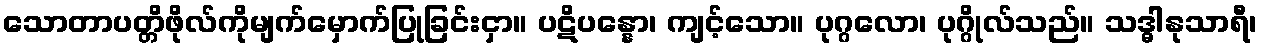
သောတာပတ္တိဖိုလ်ကိုမျက်မှောက်ပြုခြင်းငှာ။ ပဋိပန္နော၊ ကျင့်သော။ ပုဂ္ဂလော၊ ပုဂ္ဂိုလ်သည်။ သဒ္ဓါနုသာရီ၊